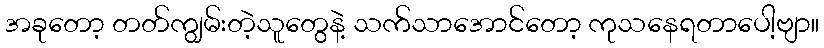
အခုတော့ တတ်ကျွမ်းတဲ့သူတွေနဲ့ သက်သာအောင်တော့ ကုသနေရတာပေါ့ဗျာ။